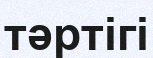
тәртігі